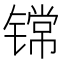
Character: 𮸟